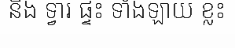
និង ទ្វារ ផ្ទះ ទាំងឡាយ ខ្លះ